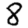
Digit: 8